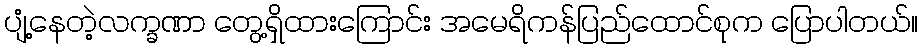
ပျံ့နေတဲ့လက္ခဏာ တွေ့ရှိထားကြောင်း အမေရိကန်ပြည်ထောင်စုက ပြောပါတယ်။